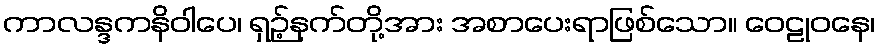
ကာလန္ဒကနိဝါပေ၊ ရှဉ့်နက်တို့အား အစာပေးရာဖြစ်သော။ ဝေဠုဝနေ၊